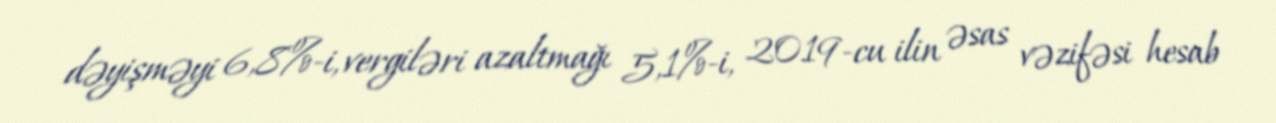
dəyişməyi 6,8%-i, vergiləri azaltmağı 5,1%-i, 2019-cu ilin əsas vəzifəsi hesab